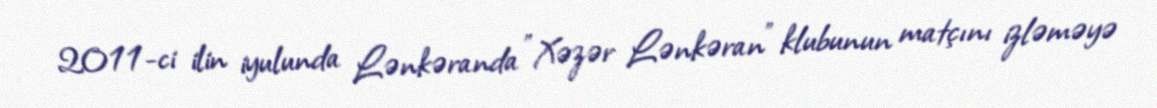
2011-ci ilin iyulunda Lənkəranda ”Xəzər Lənkəran" klubunun matçını izləməyə